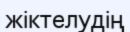
жіктелудің